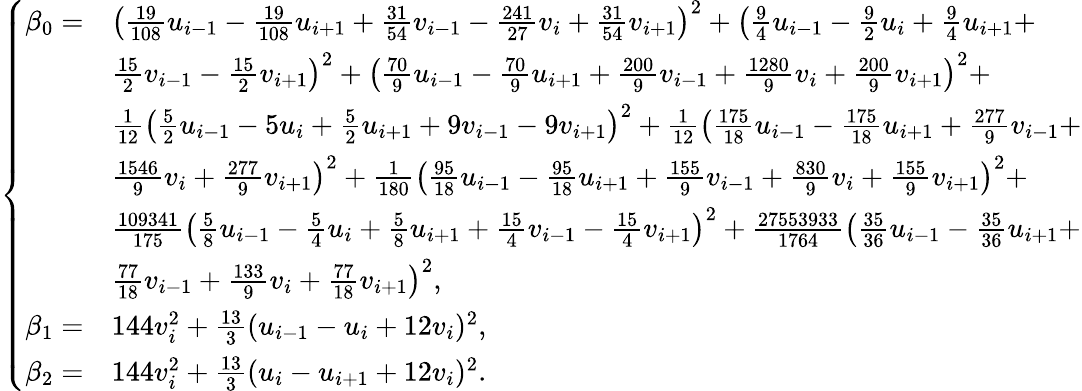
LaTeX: \begin{array}{r}{\left\{ \begin{array}{rl}{\beta_{0}=}&{\left(\frac{19}{108}{u}_{i-1}-\frac{19}{108}{u}_{i+1}+\frac{31}{54}{v}_{i-1}-\frac{241}{27}{v}_{i}+\frac{31}{54}{v}_{i+1}\right)^{2}+\left(\frac{9}{4}{u}_{i-1}-\frac{9}{2}{u}_{i}+\frac{9}{4}{u}_{i+1}+\right.}\\ &{\left.\frac{15}{2}{v}_{i-1}-\frac{15}{2}{v}_{i+1}\right)^{2}+\left(\frac{70}{9}{u}_{i-1}-\frac{70}{9}{u}_{i+1}+\frac{200}{9}{v}_{i-1}+\frac{1280}{9}{v}_{i}+\frac{200}{9}{v}_{i+1}\right)^{2}+}\\ &{\frac{1}{12}\left(\frac{5}{2}{u}_{i-1}-5{u}_{i}+\frac{5}{2}{u}_{i+1}+9{v}_{i-1}-9{v}_{i+1}\right)^{2}+\frac{1}{12}\left(\frac{175}{18}{u}_{i-1}-\frac{175}{18}{u}_{i+1}+\frac{277}{9}{v}_{i-1}+\right.}\\ &{\left.\frac{1546}{9}{v}_{i}+\frac{277}{9}{v}_{i+1}\right)^{2}+\frac{1}{180}\left(\frac{95}{18}{u}_{i-1}-\frac{95}{18}{u}_{i+1}+\frac{155}{9}{v}_{i-1}+\frac{830}{9}{v}_{i}+\frac{155}{9}{v}_{i+1}\right)^{2}+}\\ &{\frac{109341}{175}\left(\frac{5}{8}{u}_{i-1}-\frac{5}{4}{u}_{i}+\frac{5}{8}{u}_{i+1}+\frac{15}{4}{v}_{i-1}-\frac{15}{4}{v}_{i+1}\right)^{2}+\frac{27553933}{1764}\left(\frac{35}{36}{u}_{i-1}-\frac{35}{36}{u}_{i+1}+\right.}\\ &{\left.\frac{77}{18}{v}_{i-1}+\frac{133}{9}{v}_{i}+\frac{77}{18}{v}_{i+1}\right)^{2},}\\ {\beta_{1}=}&{144v_{i}^{2}+\frac{13}{3}(u_{i-1}-u_{i}+12v_{i})^{2},}\\ {\beta_{2}=}&{144v_{i}^{2}+\frac{13}{3}(u_{i}-u_{i+1}+12v_{i})^{2}.}\end{array}\right.}\end{array}